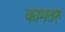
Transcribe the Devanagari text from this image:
कामतरु